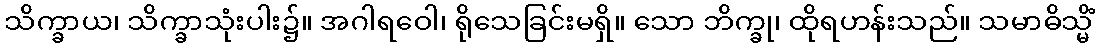
သိက္ခာယ၊ သိက္ခာသုံးပါး၌။ အဂါရဝေါ၊ ရိုသေခြင်းမရှိ။ သော ဘိက္ခု၊ ထိုရဟန်းသည်။ သမာဓိသ္မိံ